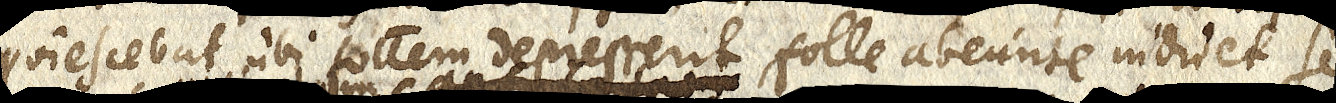
quiescebat ubi follem depresserit, folle abeunte induet se